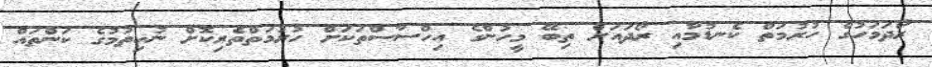
ރޯދަމަހުގެ ހުރުމަތް ކެނޑުމާއި ރޯދައަށް ތިބޭ މީހުންގެ އިހްސާސްތަކަށް ހުރުމަތްތެރިކޮށް ނުހިތުމުގެ ކަންތައް